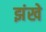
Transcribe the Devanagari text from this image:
झंखे